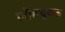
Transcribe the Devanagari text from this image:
लोहचुंबक